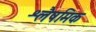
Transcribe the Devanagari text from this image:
श्लैषमिक